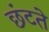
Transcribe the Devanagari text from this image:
छंटते